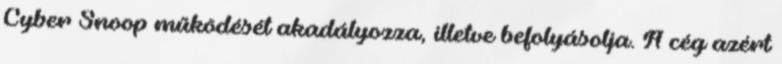
Cyber Snoop működését akadályozza, illetve befolyásolja. A cég azért